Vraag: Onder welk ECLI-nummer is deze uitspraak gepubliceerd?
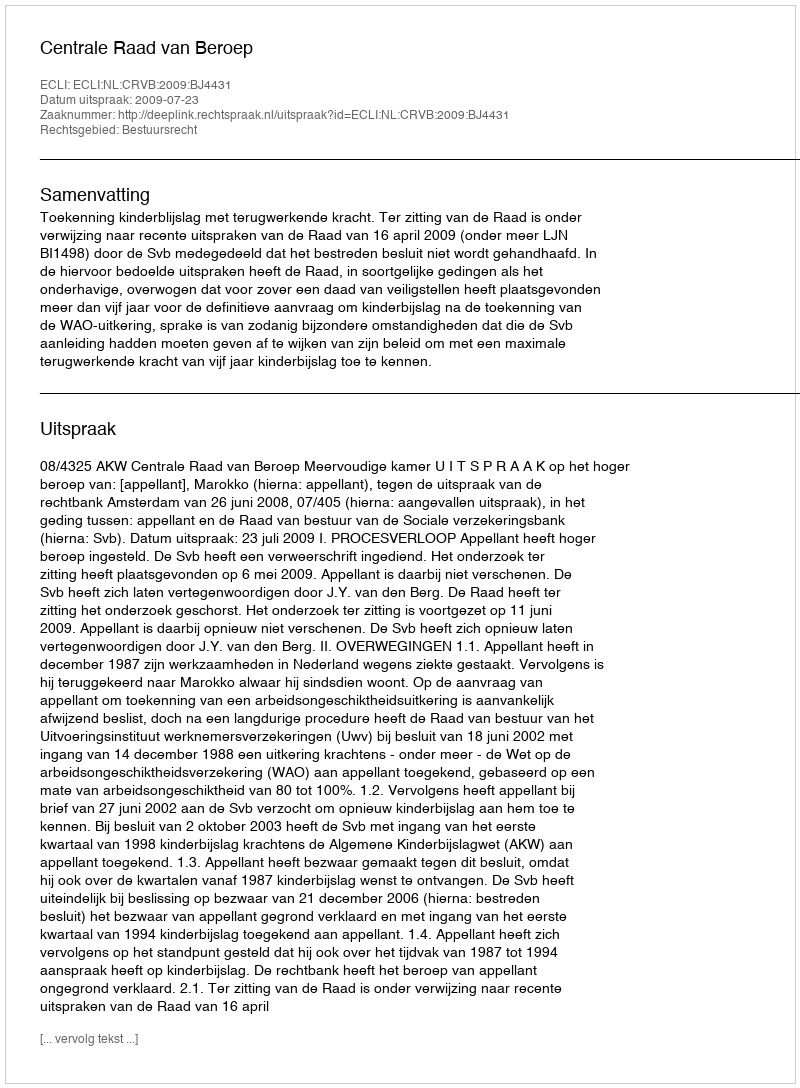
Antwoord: ECLI:NL:CRVB:2009:BJ4431